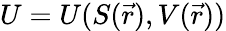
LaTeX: U=U(S(\vec{r}),V(\vec{r}))